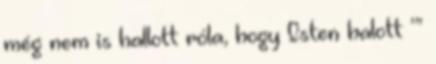
még nem is hallott róla, hogy Isten halott ’”